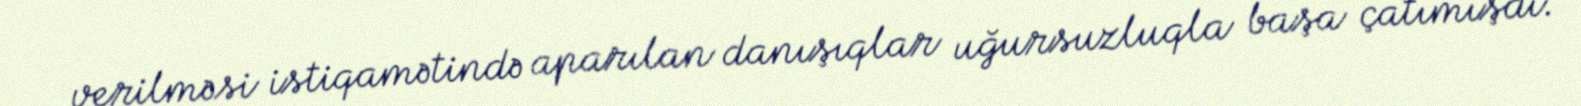
verilməsi istiqamətində aparılan danışıqlar uğursuzluqla başa çatımışdı.